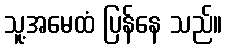
သူ့အမေထံ ပြန်နေ သည်။